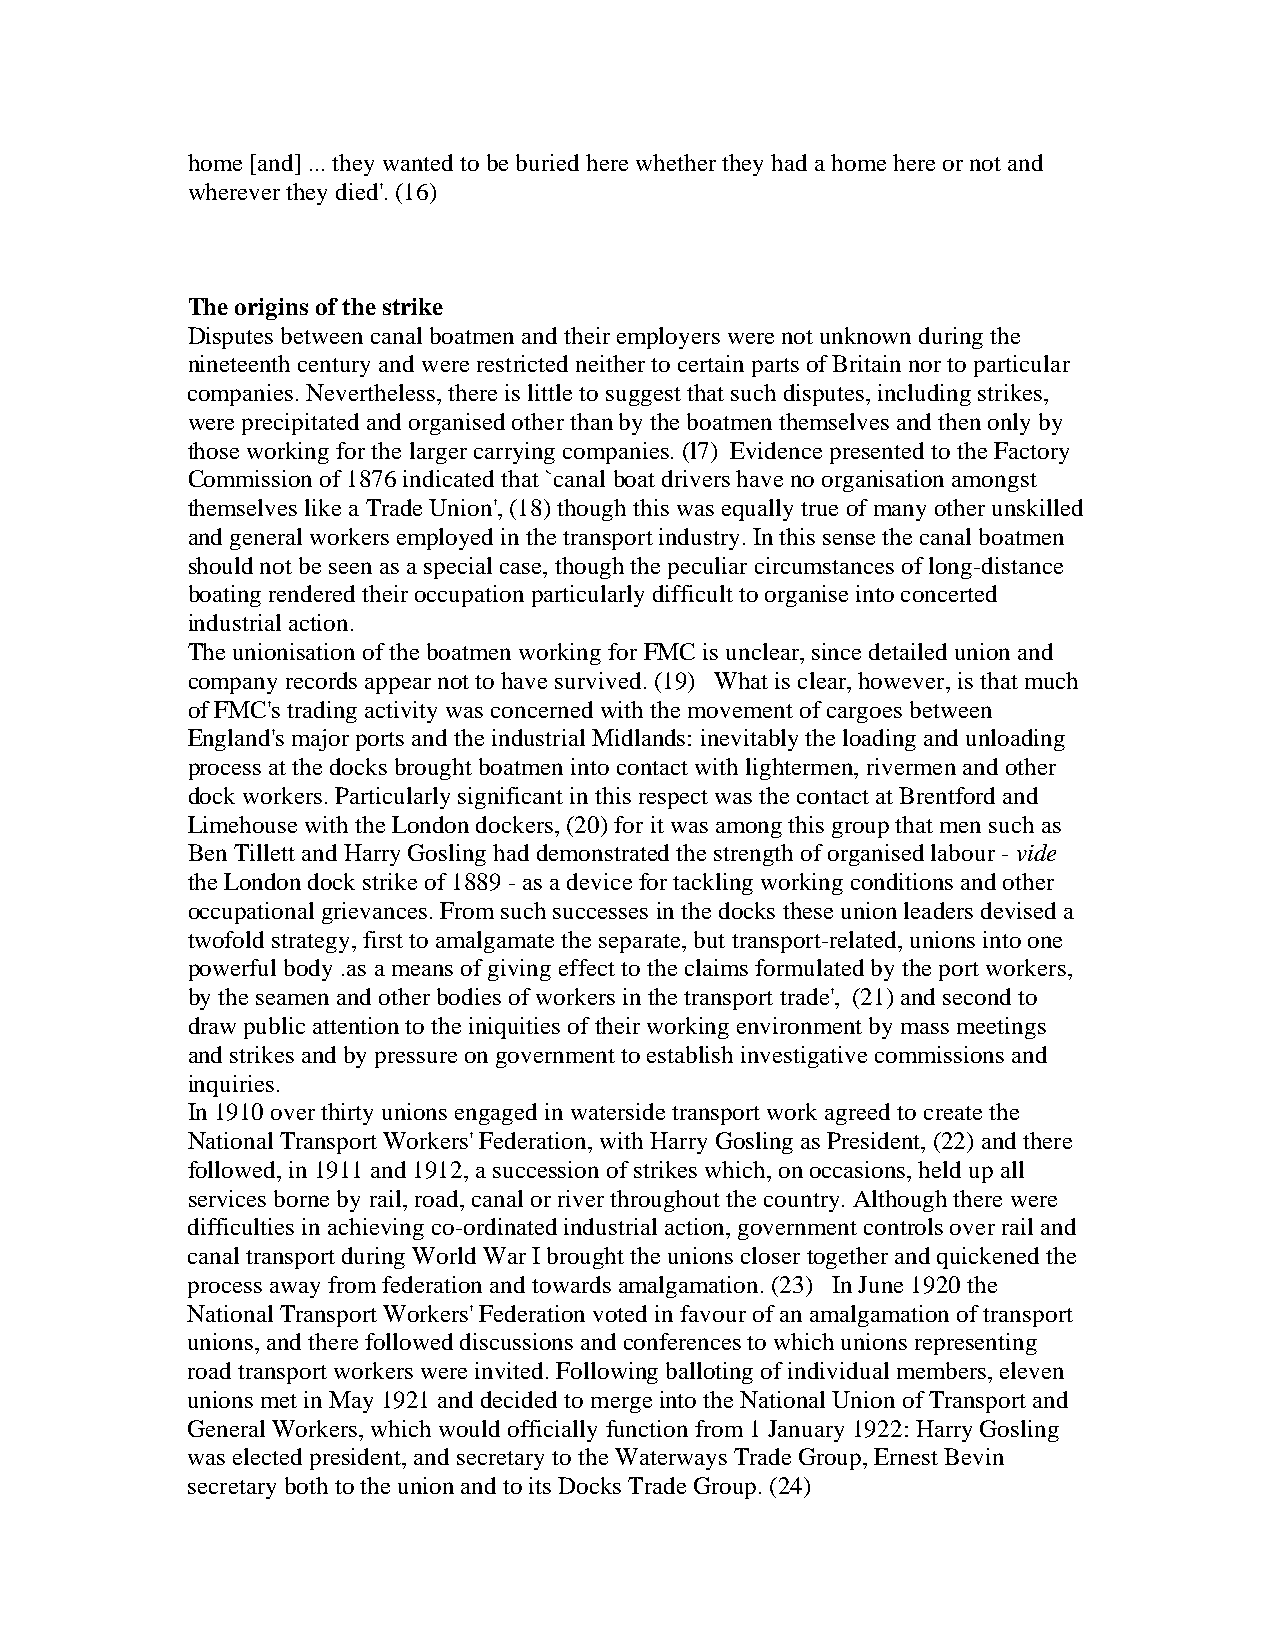
home [and] ... they wanted to be buried here whether they had a home here or not and
 wherever they died'. (16)
 The origins of the strike
 Disputes between canal boatmen and their employers were not unknown during the
 nineteenth century and were restricted neither to certain parts of Britain nor to particular
 companies. Nevertheless, there is little to suggest that such disputes, including strikes,
 were precipitated and organised other than by the boatmen themselves and then only by
 those working for the larger carrying companies. (l7) Evidence presented to the Factory
 Commission of 1876 indicated that `canal boat drivers have no organisation amongst
 themselves like a Trade Union', (18) though this was equally true of many other unskilled
 and general workers employed in the transport industry. In this sense the canal boatmen
 should not be seen as a special case, though the peculiar circumstances of long-distance
 boating rendered their occupation particularly difficult to organise into concerted
 industrial action.
 The unionisation of the boatmen working for FMC is unclear, since detailed union and
 company records appear not to have survived. (19) What is clear, however, is that much
 of FMC's trading activity was concerned with the movement of cargoes between
 England's major ports and the industrial Midlands: inevitably the loading and unloading
 process at the docks brought boatmen into contact with lightermen, rivermen and other
 dock workers. Particularly significant in this respect was the contact at Brentford and
 Limehouse with the London dockers, (20) for it was among this group that men such as
 Ben Tillett and Harry Gosling had demonstrated the strength of organised labour - vide
 the London dock strike of 1889 - as a device for tackling working conditions and other
 occupational grievances. From such successes in the docks these union leaders devised a
 twofold strategy, first to amalgamate the separate, but transport-related, unions into one
 powerful body .as a means of giving effect to the claims formulated by the port workers,
 by the seamen and other bodies of workers in the transport trade', (21) and second to
 draw public attention to the iniquities of their working environment by mass meetings
 and strikes and by pressure on government to establish investigative commissions and
 inquiries.
 In 1910 over thirty unions engaged in waterside transport work agreed to create the
 National Transport Workers' Federation, with Harry Gosling as President, (22) and there
 followed, in 1911 and 1912, a succession of strikes which, on occasions, held up all
 services borne by rail, road, canal or river throughout the country. Although there were
 difficulties in achieving co-ordinated industrial action, government controls over rail and
 canal transport during World War I brought the unions closer together and quickened the
 process away from federation and towards amalgamation. (23) In June 1920 the
 National Transport Workers' Federation voted in favour of an amalgamation of transport
 unions, and there followed discussions and conferences to which unions representing
 road transport workers were invited. Following balloting of individual members, eleven
 unions met in May 1921 and decided to merge into the National Union of Transport and
 General Workers, which would officially function from 1 January 1922: Harry Gosling
 was elected president, and secretary to the Waterways Trade Group, Ernest Bevin
 secretary both to the union and to its Docks Trade Group. (24)